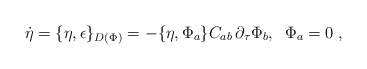
\begin{align*}\dot{\eta}=\{\eta ,\epsilon \}_{D(\Phi )}=-\{\eta ,\Phi_{a}\}C_{ab}\,\partial _{\tau }\Phi _{b},\;\;\Phi _{a}=0\;, \end{align*}